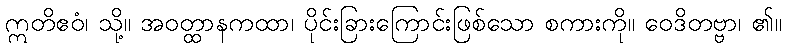
ဣတိဧဝံ၊ သို့။ အဝတ္ထာနကထာ၊ ပိုင်းခြားကြောင်းဖြစ်သော စကားကို။ ဝေဒိတဗ္ဗာ၊ ၏။